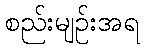
စည်းမျဉ်းအရ